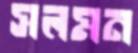
সলমন